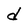
Character: d